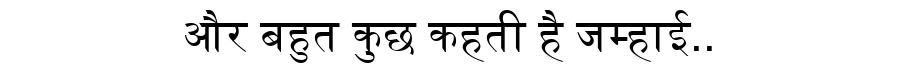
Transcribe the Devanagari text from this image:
और बहुत कुछ कहती है जम्हाई..